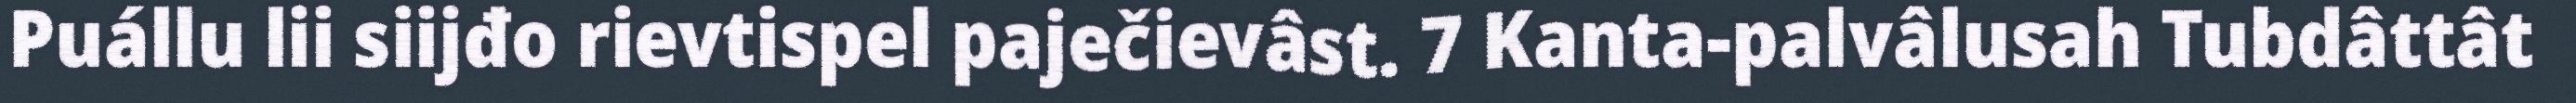
Puállu lii siijđo rievtispel paječievâst. 7 Kanta-palvâlusah Tubdâttât